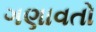
ગણાવતો